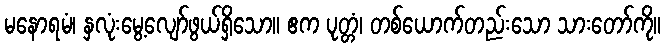
မနောရမံ၊ နှလုံးမွေ့လျော်ဖွယ်ရှိသော။ ဧက ပုတ္တံ၊ တစ်ယောက်တည်းသော သားတော်ကို။